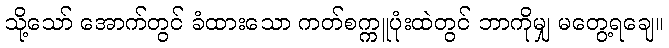
သို့သော် အောက်တွင် ခံထားသော ကတ်စက္ကူပုံးထဲတွင် ဘာကိုမျှ မတွေ့ရချေ။